Medical and sanitary report of the native army of Bengal for the year
Year: 1878
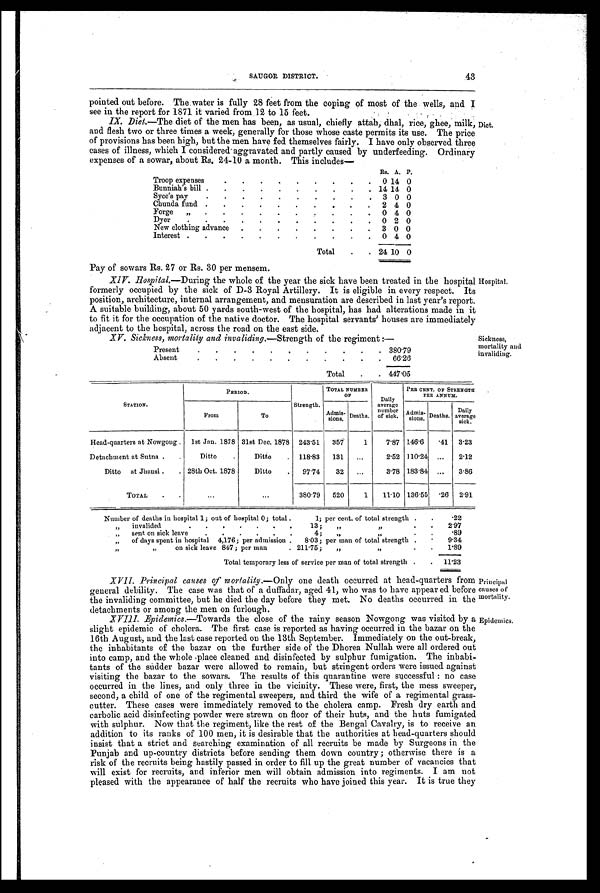
SAUGOR DISTRICT.
43
pointed out before. The water is fully 28 feet from the coping of most of the wells, and I
see in the report for 1871 it varied from 12 to 15 feet.
IX. Diet. —The diet of the men has been, as usual, chiefly attah, dhal, rice, ghee, milk, Diet.
and flesh two or three times a week, generally for those whose caste permits its use. The price
of provisions has been high, but the men have fed themselves fairly. I have only observed three
cases of illness, which I considered aggravated and partly caused by underfeeding. Ordinary
expenses of a sowar, about Rs. 24-10 a month. This includes—
Rs. A. P.
Troop expenses
.
. . .
.
.
. .
. 0 14 0
Bunniah's bill .
.
. .
. .
. .
. . 14 14 0
Syce's pay
.
. .
.
.
.
.
. .
. 3 0 0
Chunda fund .
.
.
.
. .
. . . 2 4 0
Forge „ .
. .
. .
.
. .
. . 0 4 0
Dyer
.
. .
.
.
. . .
.
.
. 0 2 0
New clothing advance .
.
.
.
.
.
. 3 0 0
Interest . . .
.
. . .
.
. .
. 0 4 0
Total
. . 24 10 0
Pay of sowars Rs. 27 or Rs. 30 per mensem.
XIV.
Hospital.—During the whole of the year the sick have been treated in the hospital
formerly occupied by the sick of D-3 Royal Artillery. It is eligible in every respect. Its
position, architecture, internal arrangement, and mensuration are described in last year's report.
A suitable building, about 50 yards south-west of the hospital, has had alterations made in it
to fit it for the occupation of the native doctor. The hospital servants' houses are immediately
adjacent to the hospital, across the road on the east side.
XV. Sickness, mortality and invalidinq. —Strength of the regiment :—
STATION.
PERIOD.
Strength.
TOTAL NUMBER
OF
Daily
average number of sick.
PER CENT. OF STRENGTH
PER ANNUM.
From
To
Admis- si
ons. Deaths.
Admis- sions. Deaths. Daily
average sick.
Head-quarters at Nowgong . 1st Jan. 1878 31st Dec. 1878 243.51 357 1
7.87 146.6
. 4 1 3.23
Detachment at Sutna . .
Ditto .
Ditto . 118.83 131 ...
2.52 110.24 ... 2.12
Ditto at Jhansi . . 28th Oct. 1878
Ditto . 97.74 32 ...
3.78 183.84 ... 3.86
TOTAL . .
...
...
380.79 520
1 11.10 136.55
. 2 6 2.91
Number of deaths in hospital 1; out of hospital 0; total .
1; per cent. of total strength . . .22
„ invalided
. . . . . .
.
13; „ „
. . 2.97
„ sent on sick leave
. . . . . .
4;
„ „
. . .89
„ of days spent in hospital 4,176; per admission . 8.03; per man of total strength . . 9.34
„ „ on sick leave 847 ; per man . 211.75; ,,
,,
. . 1.89
Total temporary less of service per man of total strength . . 11.23
Present
.
.
. . . . . . .
.
. 380.79
Absent
.
.
.
.
.
. . . .
. . 66.26
Total .
. 447.05
Hospital.
Sickness,
mortality and
invaliding.
XVII. Principal causes of mortality.—Only one death occurred at head-quarters from
general debility. The case was that of a duffadar, aged 41, who was to have appeared before
the invaliding committee, but he died the day before they met. No deaths occurred in the
detachments or among the men on furlough.
XVIII. Epidemics. —Towards the close of the rainy season Nowgong was visited by a
slight epidemic of cholera. The first case is reported as having occurred in the bazar on the
16th August, and the last case reported on the 13th September. Immediately on the out-break,
the inhabitants of the bazar on the further side of the Dhorea Nullah were all ordered out
into camp, and the whole place cleaned and disinfected by sulphur fumigation. The inhabi
-
tants of the sudder bazar were allowed to remain, but stringent orders were issued against
visiting the bazar to the sowars. The results of this quarantine were successful : no case
occurred in the lines, and only three in the vicinity. These were, first, the mess sweeper,
second, a child of one of the regimental sweepers, and third the wife of a regimental grass-
cutter. These cases were immediately removed to the cholera camp. Fresh dry earth and
carbolic acid disinfecting powder were strewn on floor of their huts, and the huts fumigated
with sulphur. Now that the regiment, like the rest of the Bengal Cavalry, is to receive an
addition to its ranks of 100 men, it is desirable that the authorities at head-quarters should
insist that a strict and searching examination of all recruits be made by Surgeons in the
Punjab and up-country districts before sending them down country; otherwise there is a
risk of the recruits being hastily passed in order to fill up the great number of vacancies that
will exist for recruits, and inferior men will obtain admission into regiments. I am not
pleased with the appearance of half the recruits who have joined this year. It is true they
Principal
causes of
mortality.
Epidemics.